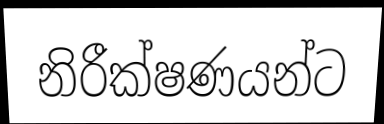
නිරීක්ෂණයන්ට